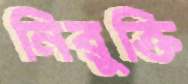
নিরুক্তি